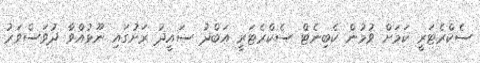
ސެކްރެޓަރީ ކަމަށް ވުމުން ކެބިނެޓް ސެކްރެޓަރީ އަބްދު ސައީދު ރަށުގައި ނޫޅުއްވާ ދުވަސްވަރު